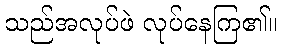
သည်အလုပ်ဖဲ လုပ်နေကြ၏။